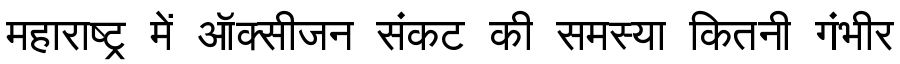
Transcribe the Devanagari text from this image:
महाराष्ट्र में ऑक्सीजन संकट की समस्या कितनी गंभीर